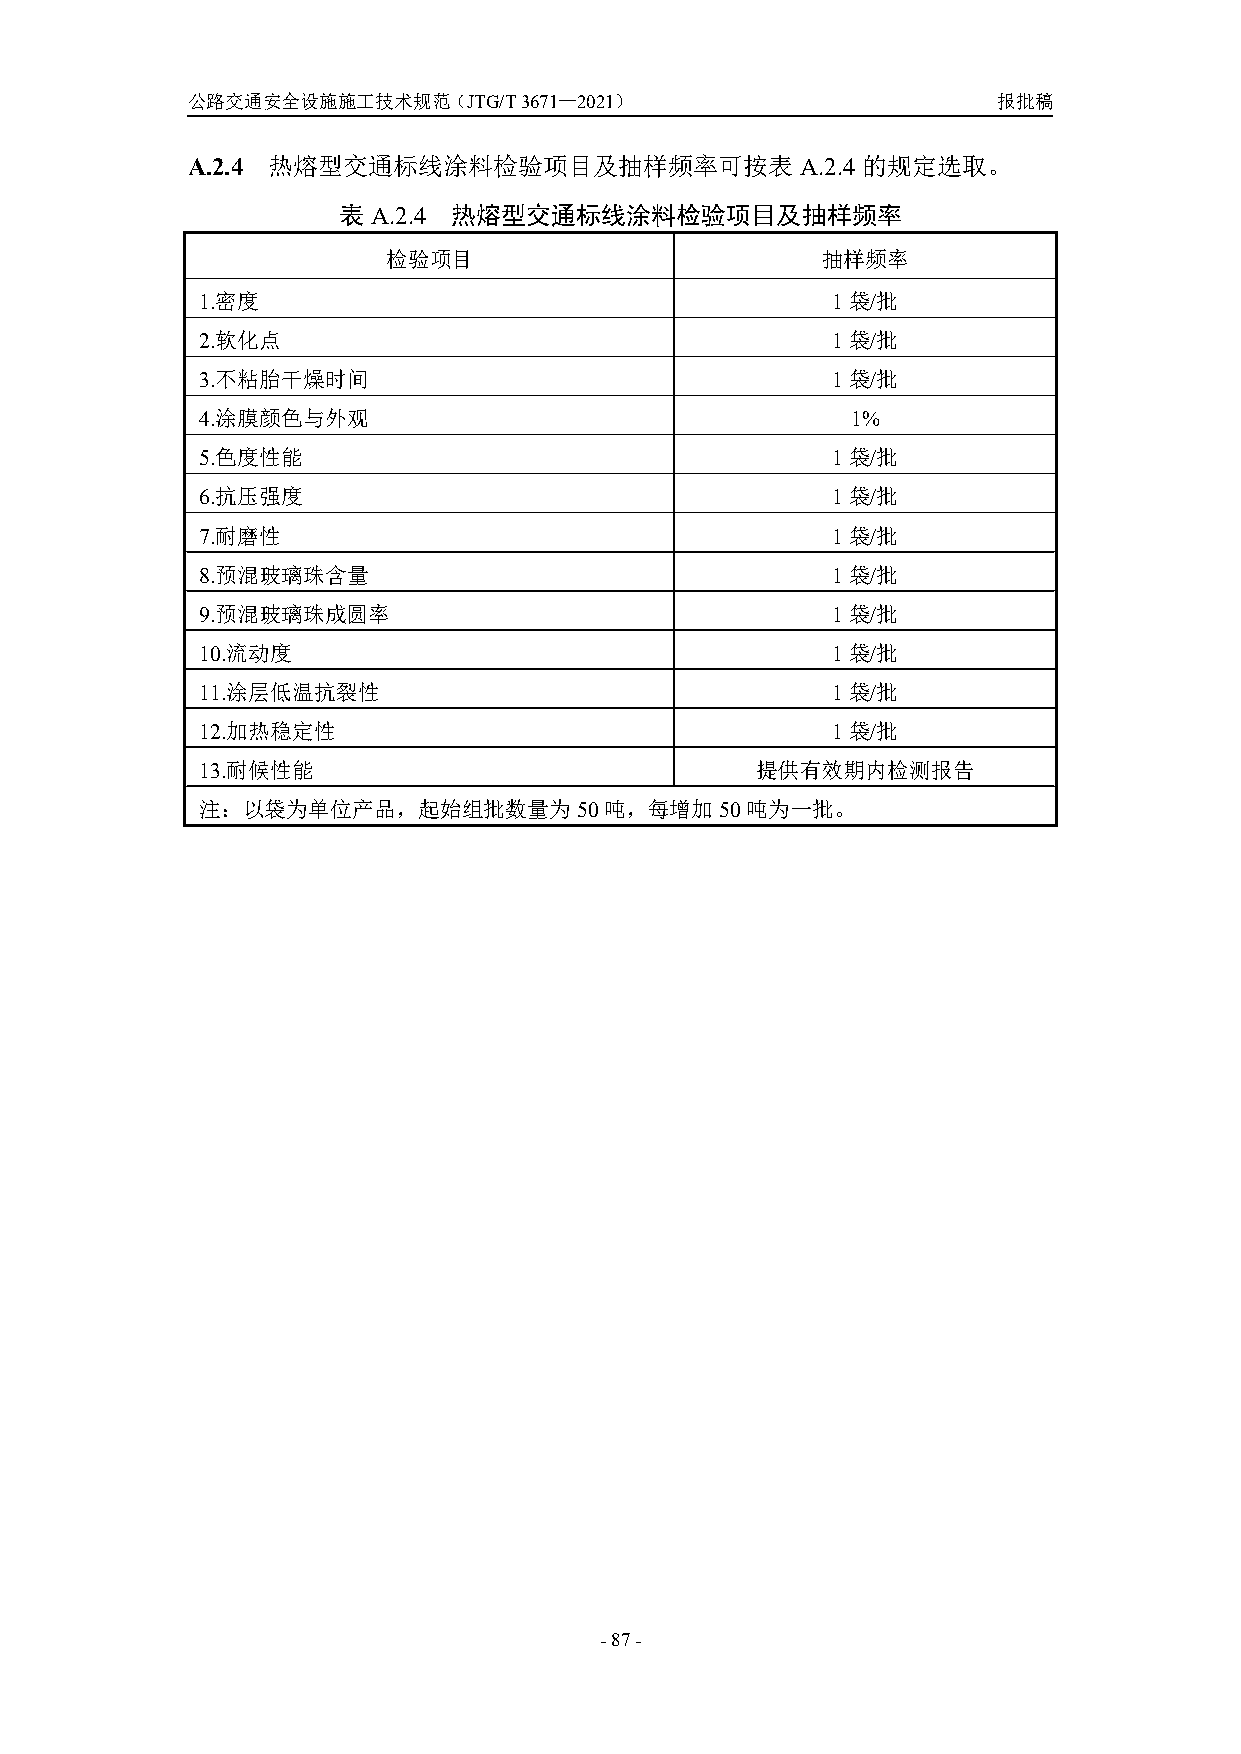
公路交通安全设施施工技术规范（JTG/T3671—2021）                        报批稿
 A.2.4 热熔型交通标线涂料检验项目及抽样频率可按表A.2.4             的规定选取。
 表A.2.4  热熔型交通标线涂料检验项目及抽样频率
 检验项目                        抽样频率
 1.密度                                      1袋/批
 2.软化点                                     1袋/批
 3.不粘胎干燥时间                                 1袋/批
 4.涂膜颜色与外观                                  1%
 5.色度性能                                    1袋/批
 6.抗压强度                                    1袋/批
 7.耐磨性                                     1袋/批
 8.预混玻璃珠含量                                 1袋/批
 9.预混玻璃珠成圆率                                1袋/批
 10.流动度                                    1袋/批
 11.涂层低温抗裂性                                1袋/批
 12.加热稳定性                                  1袋/批
 13.耐候性能                              提供有效期内检测报告
 注：以袋为单位产品，起始组批数量为50吨，每增加50吨为一批。
 -87-